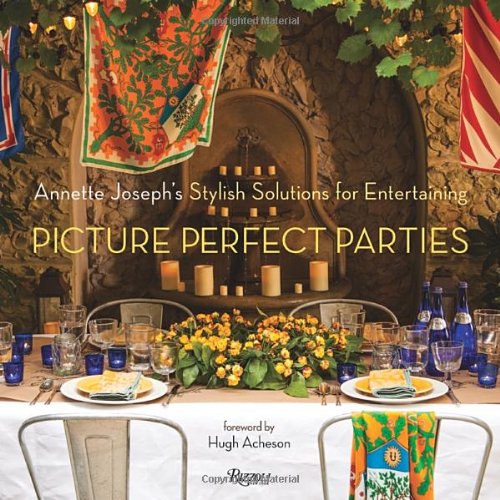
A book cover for Picture Perfect Parties: Annette Joseph's Stylish Solutions for Entertaining; Annette Joseph; Cookbooks, Food & Wine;